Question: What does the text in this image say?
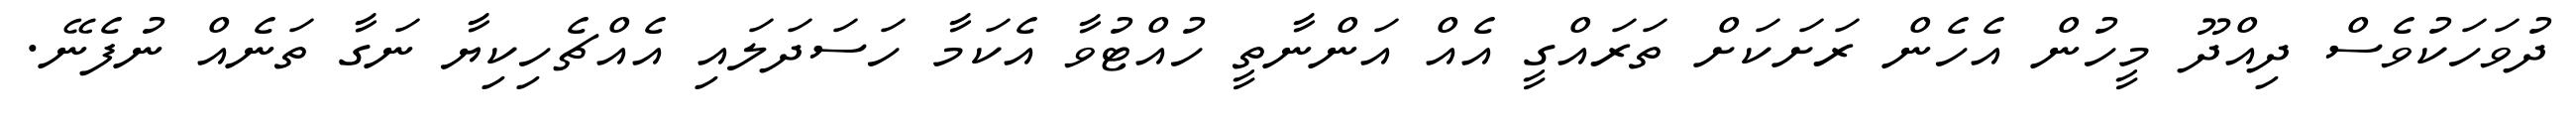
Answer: ދުވަހަކުވެސް ދިއްދޫ މީހުން އެހެން ރަށަކަށް ތަރައްގީ އެއް އަންނާތީ ހުއްޓުވާ އެކަމާ ހަސަދަލައި އެއްޗެހިކިޔާ ނަގާ ތަނެއް ނުފެނޭ.